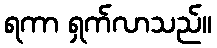
ရကာ ရှက်လာသည်။